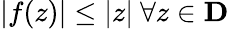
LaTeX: |f(z)|\leq|z|\ \forall z\in\mathbf{D}